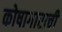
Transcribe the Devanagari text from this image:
कोषागाराची